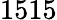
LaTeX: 1515